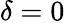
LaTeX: \delta=0